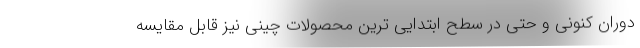
دوران کنونی و حتی در سطح ابتدایی ترین محصولات چینی نیز قابل مقایسه